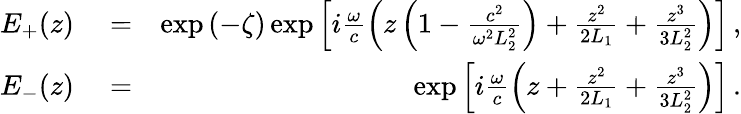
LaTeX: \begin{array}{rlr}{E_{+}(z)}&{{}=}&{\exp\left(-\zeta\right)\exp\left[i\frac{\omega}{c}\left(z\left(1-\frac{c^{2}}{\omega^{2}L_{2}^{2}}\right)+\frac{z^{2}}{2L_{1}}+\frac{z^{3}}{3L_{2}^{2}}\right)\right]\, ,}\\ {E_{-}(z)}&{{}=}&{\exp\left[i\frac{\omega}{c}\left(z+\frac{z^{2}}{2L_{1}}+\frac{z^{3}}{3L_{2}^{2}}\right)\right]\, .}\end{array}